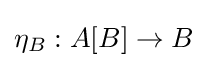
\eta _{B}:A[B]\to B